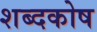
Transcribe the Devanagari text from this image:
शब्‍दकोष